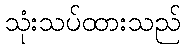
သုံးသပ်ထားသည်